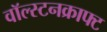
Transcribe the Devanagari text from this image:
वॉल्स्टनक्राफ्ट